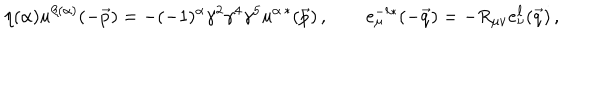
\eta ( \alpha ) u ^ { \beta ( \alpha ) } ( - \vec { p } ) = - ( - 1 ) ^ { \alpha } \gamma ^ { 2 } \gamma ^ { 4 } \gamma ^ { 5 } u ^ { \alpha \, * } ( \vec { p } ) \, , \qquad e _ { \mu } ^ { - \ell * } ( - \vec { q } ) = - R _ { \mu \nu } e _ { \nu } ^ { \ell } ( \vec { q } ) \, ,